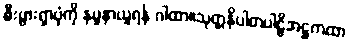
စီးပွားရှာပုံကို နမူနာယူရန် ဂါထာ။သုတ္တနိပါတပါဠိအဋ္ဌကထာ